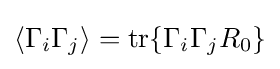
\langle \Gamma _{i}\Gamma _{j}\rangle =\operatorname {tr} \{\Gamma _{i}\Gamma _{j}R_{0}\}